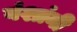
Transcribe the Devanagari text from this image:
वंशांनी